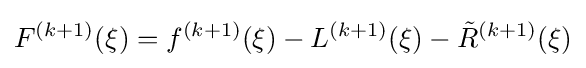
F^{(k+1)}(\xi )=f^{(k+1)}(\xi )-L^{(k+1)}(\xi )-{\tilde {R}}^{(k+1)}(\xi )